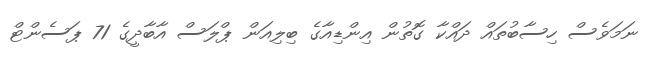
ނަމަވެސް ހިސާބުތައް ދައްކާ ގޮތުން އިންޑިއާގެ ބިލިއަން ޕްލަސް އާބާދީގެ 71 ޕަސެންޓް